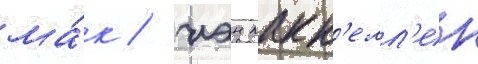
ма́к / иэн макк'елл'ен